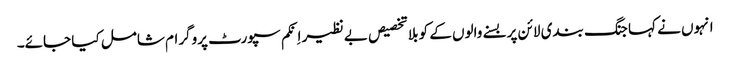
انہوں نے کہا جنگ بندی لائن پر بسنے والوں کے کو بلا تخصیص بے نظیر اِنکم سپورٹ پروگرام شامل کیا جائے۔